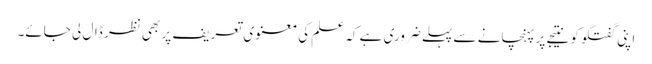
اپنی گفتگو کو نتیجے پر پہنچانے سے پہلے ضروری ہے کہ علم کی معنوی تعریف پر بھی نظر ڈال لی جائے۔